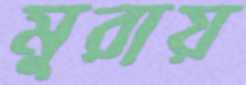
মুরায়